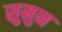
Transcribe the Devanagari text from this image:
सुमुन